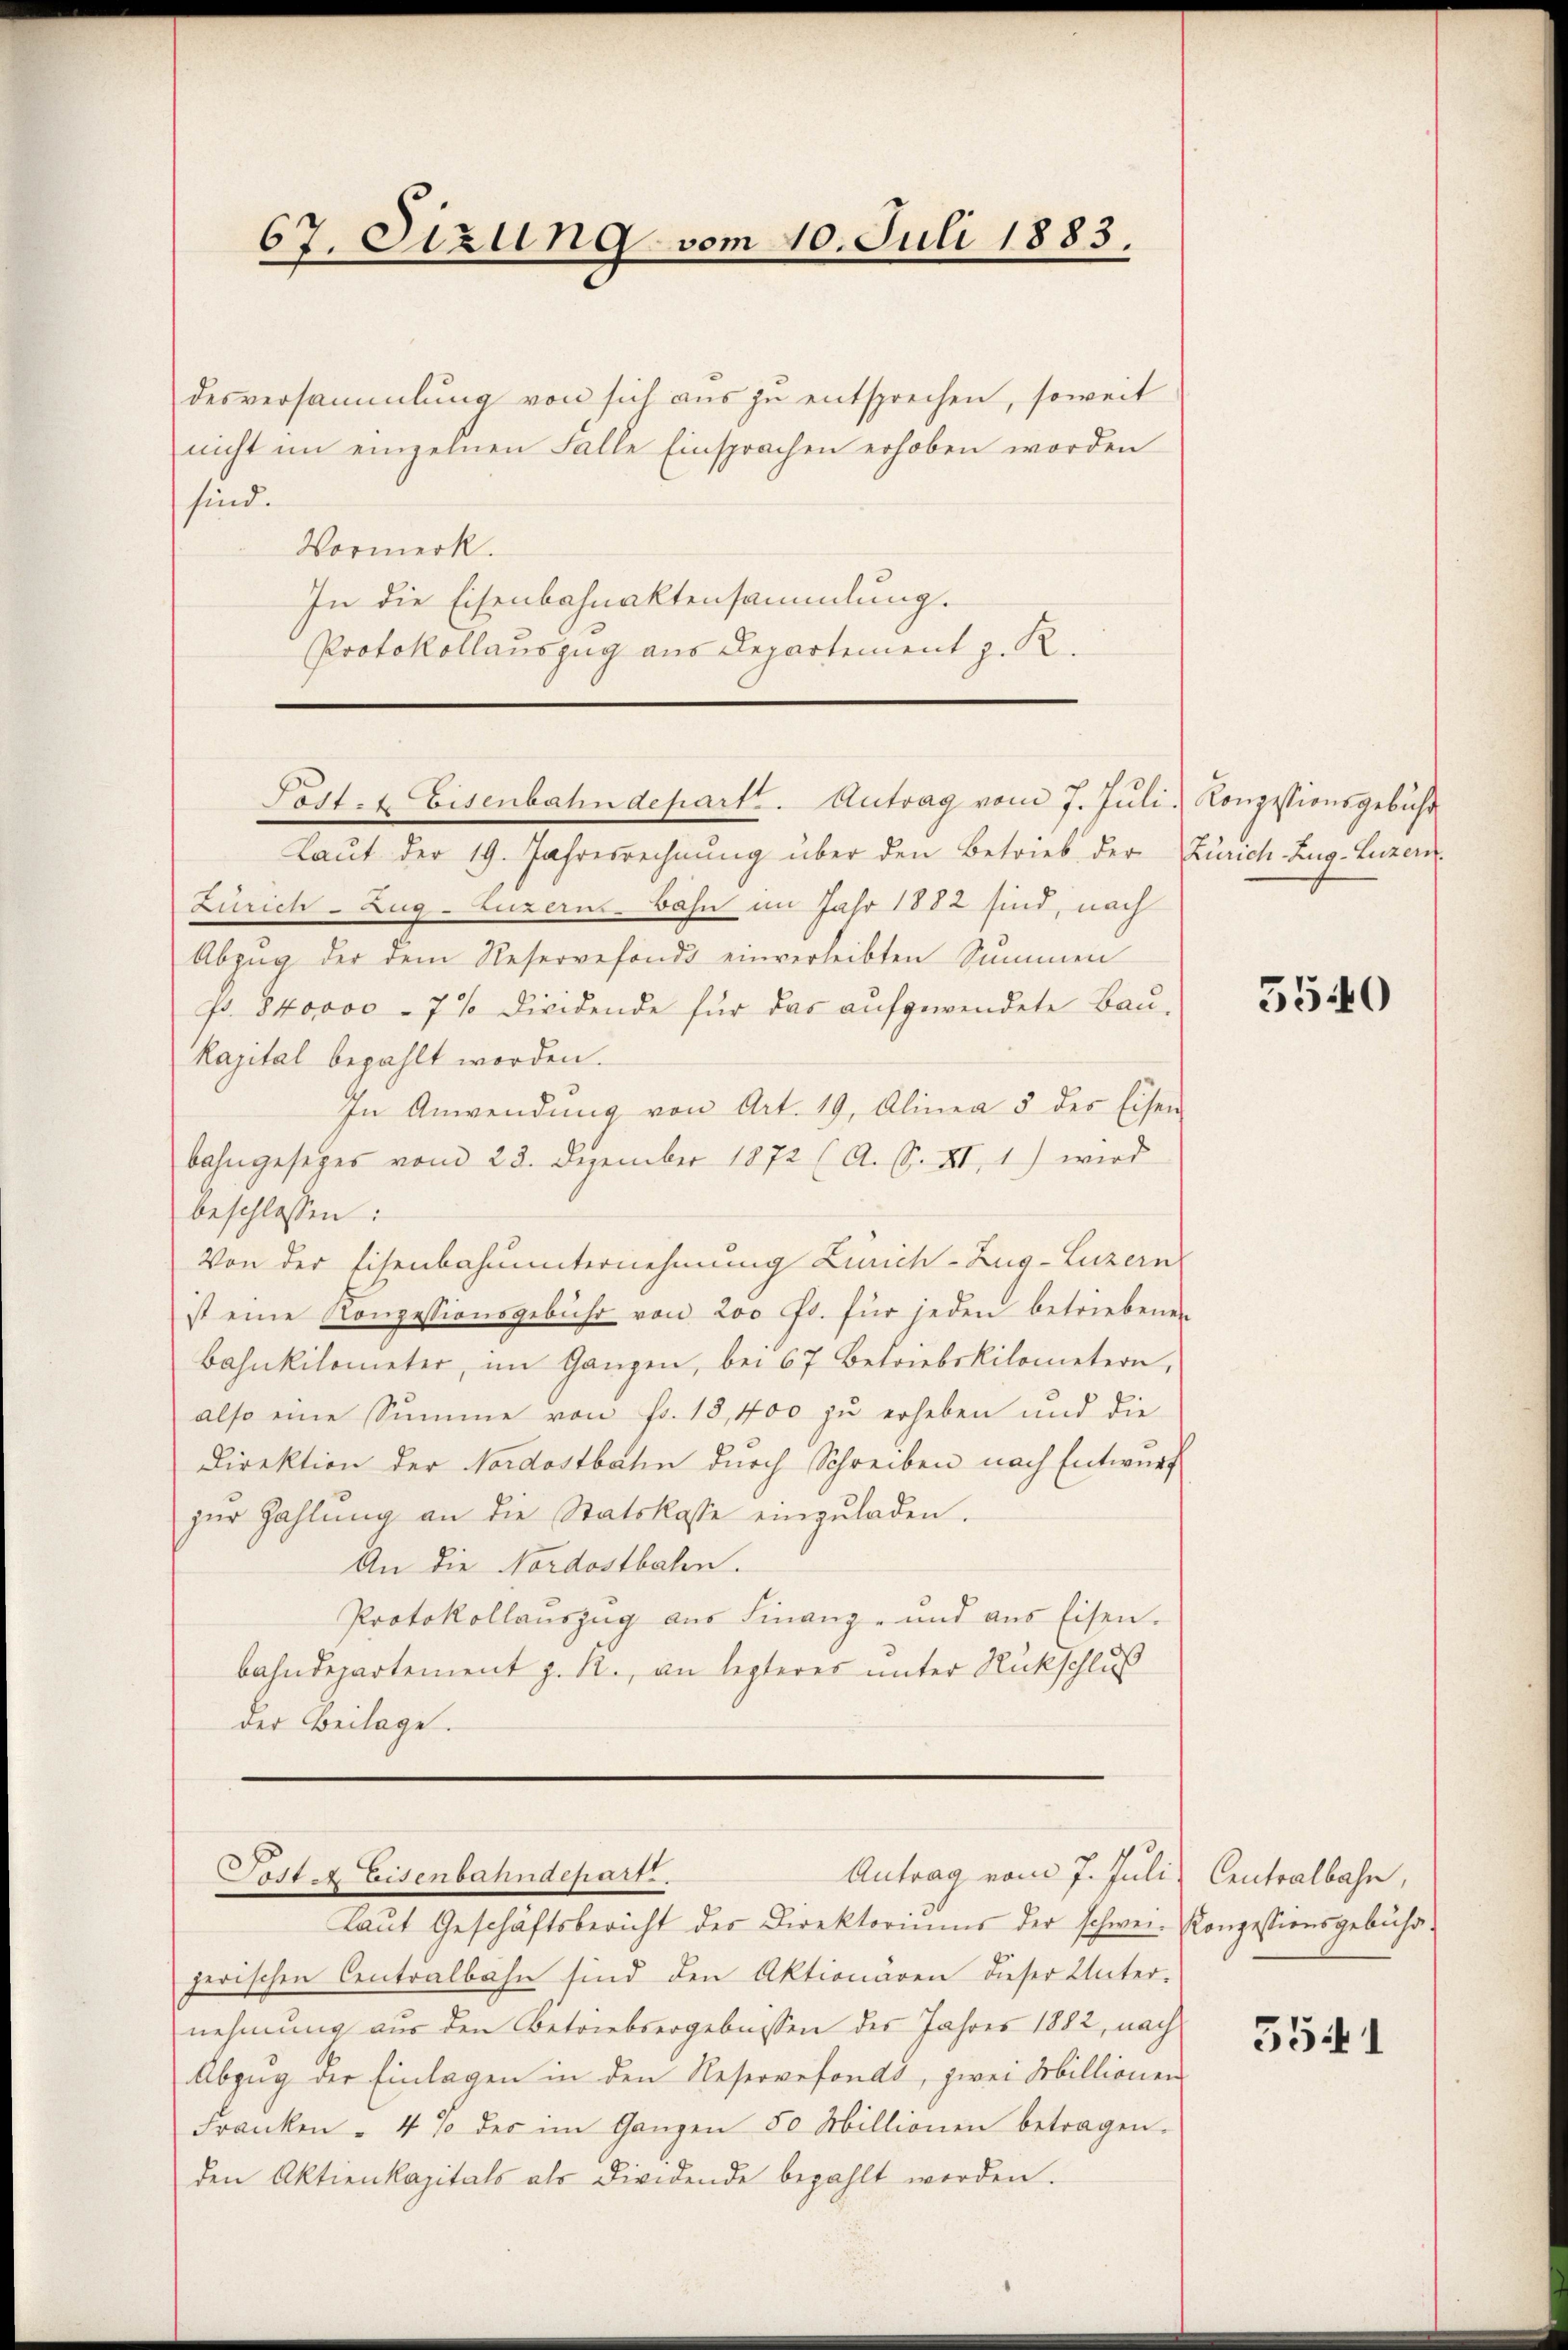
67. Sizung vom 10. Juli 1883.

desversammlung von sich aus zu entsprechen, soweit
nicht im einzelnen Falle Einsprachen erhoben worden
sind.
Vormerk.
In die Eisenbahnaktensammlung.
Protokollauszug aus Departement z. R.

Laut der 19. Jahresrechnung über den Betrieb der Zürich Zug, Luzer
Zürich - Zug-Luzerns. Bahn im Jahr 1882 sind, nach
Abzŭg der dem Reservefonds einverleibten Summen
P. 840000 - 7 % dividende für das aufgewendete Bau¬
Kapital bezahlt worden.
In Anwendung von Art. 19. Alinea 5 des Eisen
bahngesetzes vom 23. Dezember 1872 (A. S. XI. 1) wird
beschlossen:
Von der Eisenbahnunternehmung Zürich–Zug–Luzern
ist eine Konzessionsgebühr von 200 Fr. für jeden betriebenen
bahnkilometer, im Ganzen, bei 67 betriebskilometern,
also eine Summe von fr. 18, 400 zu erheben und die
Direktion der Nordostbahn durch Schreiben nach Entwurf
zŭr Zahlung an die Statskasse einzŭladen.
An die Nordostbalen.
Protokollaŭszŭg aŭs Finanz- und aus Eisen.
bahndepartement z. R., an lezteres unter Rückschluß
der Beilage.

Post- & Eisenbahndepart. Antrag vom 7. Juli Konzessionsgebühr

Antrag vom 7. Juli
Poster Eisenbahndepart.

Laŭt Geschäftsbericht der Direktoriums der schwer- Konzessionsgebühr.
jerischen Centralbahn sind den Aktionaren dieser Unter-
nehmung aus den Betriebsergebnissen des Jahres 1882, nach
Abzŭg der Einlagen in den Reservefonds, zwei Millionen
Franken - 4 % der im Ganzen 50 Millionen betragen.
den Aktienkapitals als dividende bezahlt werden.

5540

Centralbahn,

5541